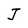
Character: J